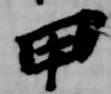
甲